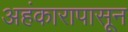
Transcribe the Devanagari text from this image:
अहंकारापासून